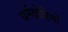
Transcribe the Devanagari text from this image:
धर्मद्रोहियों